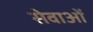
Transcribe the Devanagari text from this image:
सेवाओंं